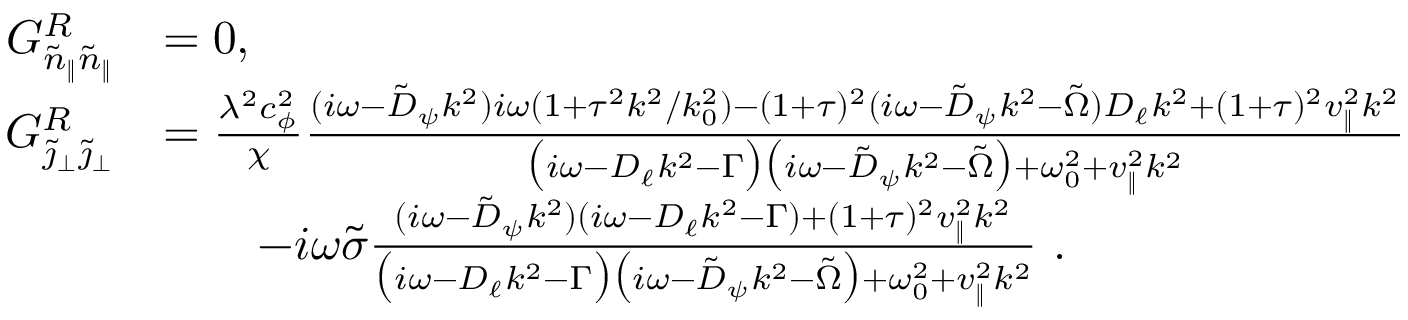
\begin{array} { r l } { G _ { \tilde { n } _ { \| } \tilde { n } _ { \| } } ^ { R } } & { = 0 , } \\ { G _ { \tilde { \jmath } _ { \perp } \tilde { \jmath } _ { \perp } } ^ { R } } & { = \frac { \lambda ^ { 2 } c _ { \phi } ^ { 2 } } { \chi } \frac { ( i \omega - \tilde { D } _ { \psi } k ^ { 2 } ) i \omega ( 1 + \tau ^ { 2 } k ^ { 2 } / k _ { 0 } ^ { 2 } ) - ( 1 + \tau ) ^ { 2 } ( i \omega - \tilde { D } _ { \psi } k ^ { 2 } - \tilde { \Omega } ) D _ { \ell } k ^ { 2 } + ( 1 + \tau ) ^ { 2 } v _ { \| } ^ { 2 } k ^ { 2 } } { \big ( i \omega - D _ { \ell } k ^ { 2 } - \Gamma \big ) \big ( i \omega - \tilde { D } _ { \psi } k ^ { 2 } - \tilde { \Omega } \big ) + \omega _ { 0 } ^ { 2 } + v _ { \| } ^ { 2 } k ^ { 2 } } } \\ & { \qquad - i \omega \tilde { \sigma } \frac { ( i \omega - \tilde { D } _ { \psi } k ^ { 2 } ) ( i \omega - D _ { \ell } k ^ { 2 } - \Gamma ) + ( 1 + \tau ) ^ { 2 } v _ { \| } ^ { 2 } k ^ { 2 } } { \big ( i \omega - D _ { \ell } k ^ { 2 } - \Gamma \big ) \big ( i \omega - \tilde { D } _ { \psi } k ^ { 2 } - \tilde { \Omega } \big ) + \omega _ { 0 } ^ { 2 } + v _ { \| } ^ { 2 } k ^ { 2 } } ~ . } \end{array}